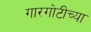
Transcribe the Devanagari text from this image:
गारगोटीच्या